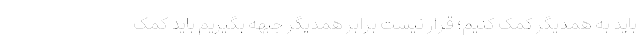
باید به همدیگر کمک کنیم؛ قرار نیست برابر همدیگر جبهه بگیریم باید کمک